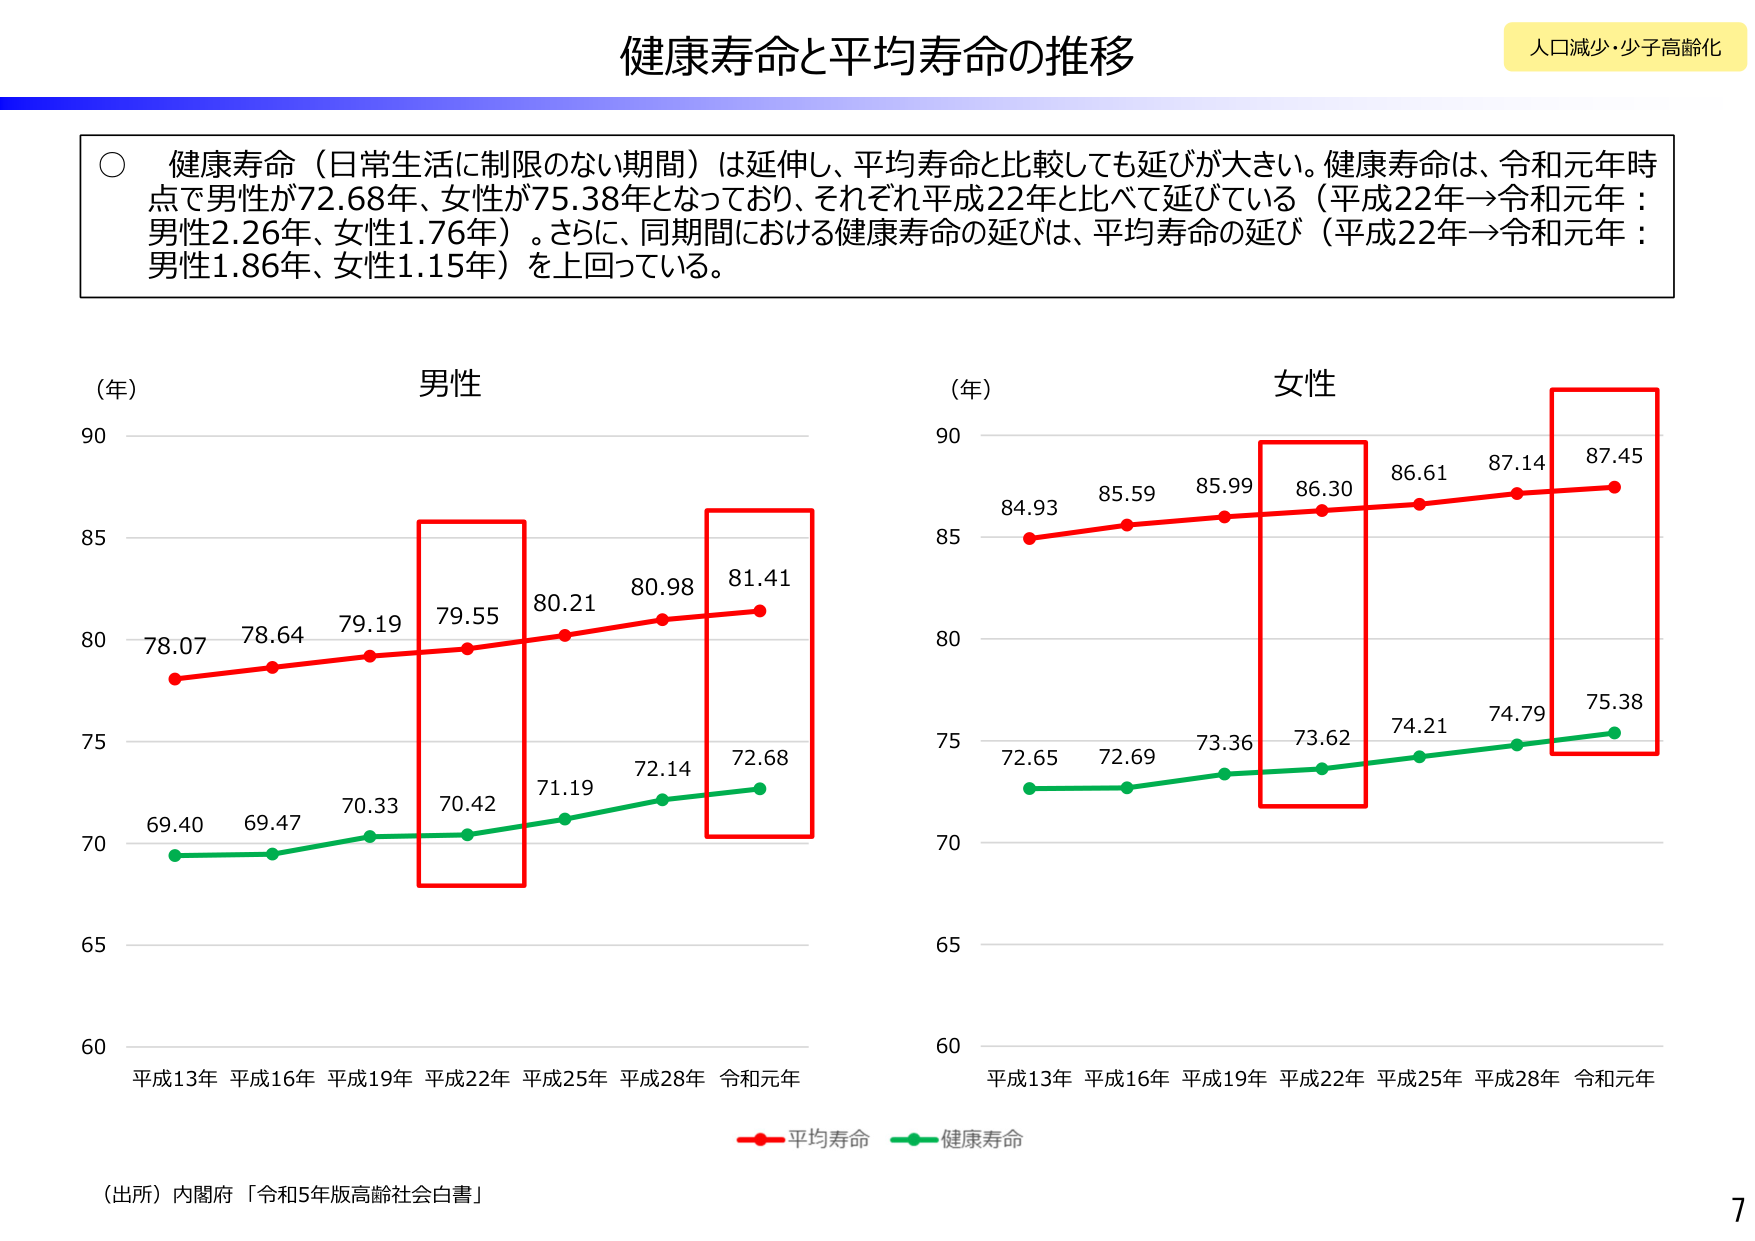
健康寿命と平均寿命の推移

人口減少・少子高齢化

○ 健康寿命（日常生活に制限のない期間）は延伸し、平均寿命と比較しても延びが大きい。健康寿命は、令和元年時点で男性が72.68年、女性が75.38年となっており、それぞれ平成22年と比べて延びている（平成22年→令和元年：男性2.26年、女性1.76年）。さらに、同期間における健康寿命の延びは、平均寿命の延び（平成22年→令和元年：男性1.86年、女性1.15年）を上回っている。

（年） 男性
90
85
80
75
70
65
60
平成13年 平成16年 平成19年 平成22年 平成25年 平成28年 令和元年
78.07 78.64 79.19 79.55 80.21 80.98 81.41
69.40 69.47 70.33 70.42 71.19 72.14 72.68

（年） 女性
90
85
80
75
70
65
60
平成13年 平成16年 平成19年 平成22年 平成25年 平成28年 令和元年
84.93 85.59 85.99 86.30 86.61 87.14 87.45
72.65 72.69 73.36 73.62 74.21 74.79 75.38

平均寿命 健康寿命

（出所）内閣府「令和5年版高齢社会白書」

7